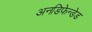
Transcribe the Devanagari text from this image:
अनडिफेन्डेड